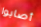
أصابوا